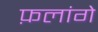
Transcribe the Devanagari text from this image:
फ़लांगे